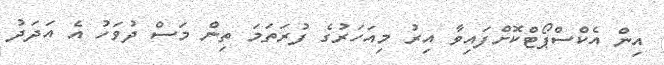
އިން އެކްސްޕޯޓްކޮށްފައިވާ އިރު މިއަހަރުގެ ފުރަތަމަ ތިން މަސް ދުވަހު އެ އަދަދު